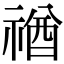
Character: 禉